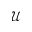
\mathcal { U }